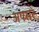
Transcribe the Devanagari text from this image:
अपसर